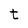
Character: t